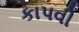
કાપવી